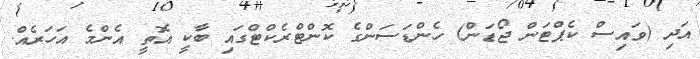
އަދި (ވައިސް ކެޕްޓަން ޖޯޑަން) ހެންޑަސަންގެ ކޮންޓްރެކްޓްގައި ބާކީ އޮތީ އެންމެ އަހަރެއް.